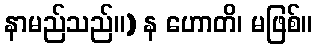
နာမည်သည်။) န ဟောတိ၊ မဖြစ်။